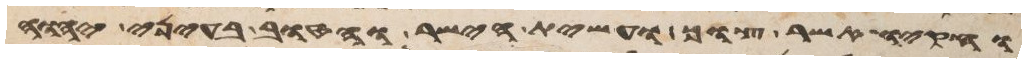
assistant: וחקיו אשר צוך ועשית הישר והטוב בעיני יהוה